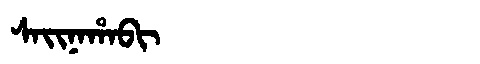
Manchu: ᠰᠠᡳᠨᠠᡥᠠᠪᡳ
Romanization: SAINAHABI